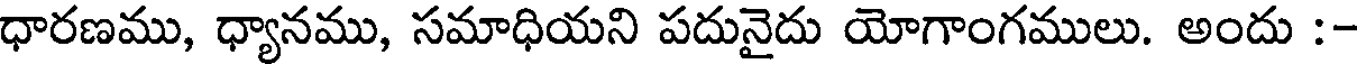
ధారణము, ధ్యానము, సమాధియని పదునైదు యోగాంగములు. అందు :-